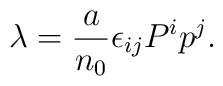
\lambda={a\over{n_0}}\epsilon_{ij}P^ip^j.